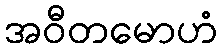
အဝီတမောဟံ